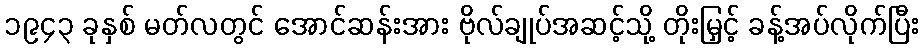
၁၉၄၃ ခုနှစ် မတ်လတွင် အောင်ဆန်းအား ဗိုလ်ချုပ်အဆင့်သို့ တိုးမြှင့် ခန့်အပ်လိုက်ပြီး